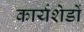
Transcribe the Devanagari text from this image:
कार्यशेडों